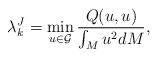
LaTeX: \begin{align*}\lambda_k^J=\min_{u\in \mathcal{G}}\frac{Q(u,u)}{\int_Mu^2dM},\end{align*}